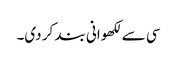
سی سے لکھوانی بند کر دی۔